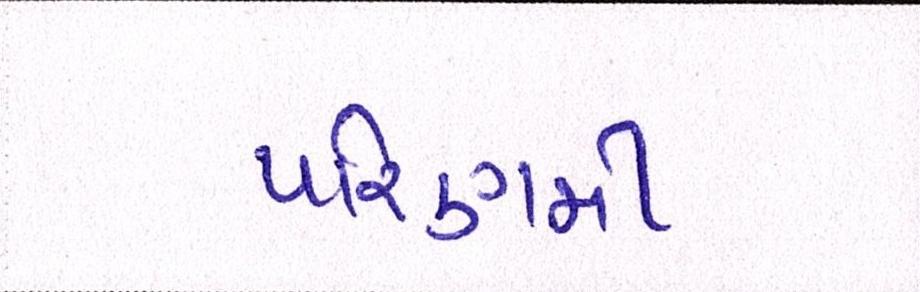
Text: પરિણમી